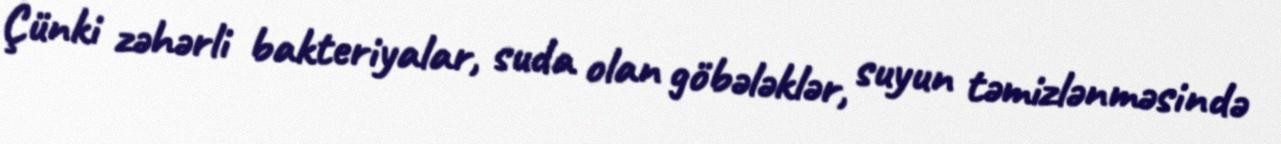
Çünki zəhərli bakteriyalar, suda olan göbələklər, suyun təmizlənməsində